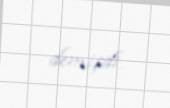
demişdi.